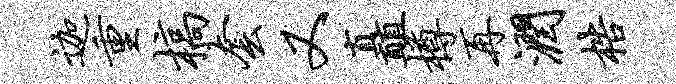
迦重槁套又矗樽再润梏